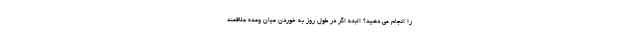
را انجام می دهید؟ البته اگر در طول روز به خوردن میان وعده علاقمند